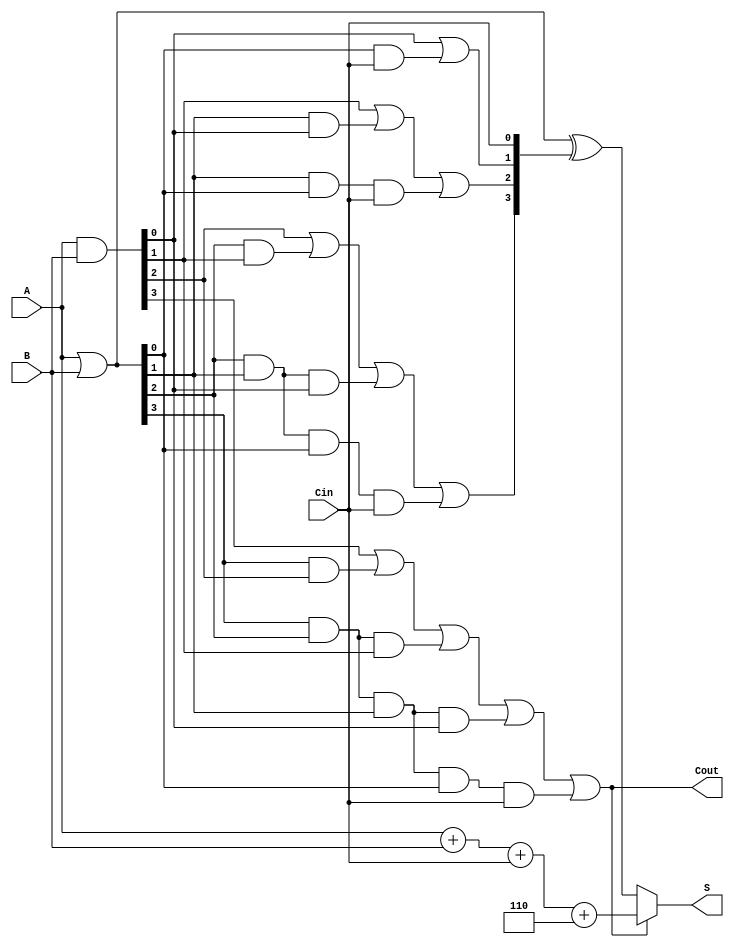
module BCD_Carry_Lookahead_Adder (
    input [3:0] A,      // 4-bit BCD input A
    input [3:0] B,      // 4-bit BCD input B
    input Cin,          // Carry input
    output reg [3:0] S, // 4-bit sum output
    output Cout         // Carry output
);

    // Internal signals
    wire [3:0] G;       // Generate signals
    wire [3:0] P;       // Propagate signals
    wire [4:0] C;       // Carry signals

    // Generate and Propagate calculations
    assign G = A & B;   // Generate: G[i] = A[i] AND B[i]
    assign P = A | B;   // Propagate: P[i] = A[i] OR B[i]

    // Carry Lookahead Logic
    assign C[0] = Cin;  // C[0] is the carry input
    assign C[1] = G[0] | (P[0] & C[0]);
    assign C[2] = G[1] | (P[1] & G[0]) | (P[1] & P[0] & C[0]);
    assign C[3] = G[2] | (P[2] & G[1]) | (P[2] & P[1] & G[0]) | (P[2] & P[1] & P[0] & C[0]);
    assign C[4] = G[3] | (P[3] & G[2]) | (P[3] & P[2] & G[1]) | (P[3] & P[2] & P[1] & G[0]) | (P[3] & P[2] & P[1] & P[0] & C[0]);

    // Sum Calculation
    always @(*) begin
        if (C[4]) begin
            S = (A + B + Cin) + 4'b0110; // Adjust if carry out is true
        end else begin
            S = P ^ C[3:0]; // S[i] = P[i] XOR C[i]
        end
    end

    // Carry output
    assign Cout = C[4];

endmodule